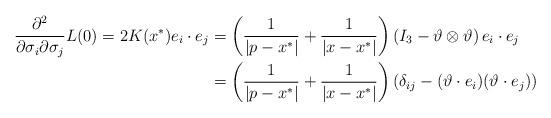
LaTeX: \begin{align*}\frac{\partial^2}{\partial\sigma_i\partial\sigma_j}L(0)=2K(x^*)e_i\cdot e_j&=\left(\frac{1}{\vert p-x^*\vert}+\frac{1}{\vert x-x^*\vert}\right)\left(I_3-\vartheta\otimes\vartheta\right)e_i\cdot e_j\\&=\left(\frac{1}{\vert p-x^*\vert}+\frac{1}{\vert x-x^*\vert}\right)\left(\delta_{ij}-(\vartheta\cdot e_i)(\vartheta\cdot e_j)\right)\end{align*}